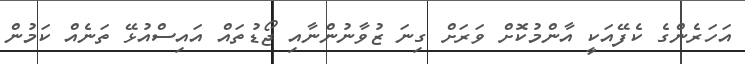
އަހަރެންގެ ކެފޭއަކީ އާންމުކޮށް ވަރަށް ގިނަ ޒުވާނުންނާއި ޖޯޑުތައް އައިސްއުޅޭ ތަނެއް ކަމުން